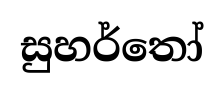
සුහර්තෝ